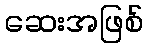
ဆေးအဖြစ်